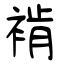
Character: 褃